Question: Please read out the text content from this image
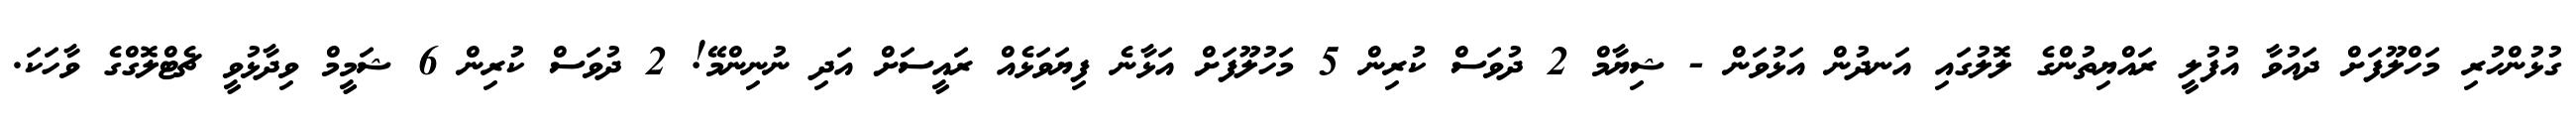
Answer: ގުޅުންހުރި މަހްލޫފަށް ދައުވާ އުފުލީ ރައްޔިތުންގެ ލޮލުގައި އަނދުން އަޅުވަން - ޝިޔާމް 2 ދުވަސް ކުރިން 5 މަހުލޫފަށް އަޅާނެ ފިޔަވަޅެއް ރައީސަށް އަދި ނުނިންމޭ! 2 ދުވަސް ކުރިން 6 ޝަމީމް ވިދާޅުވީ ޗެޓްލޮގްގެ ވާހަކަ.